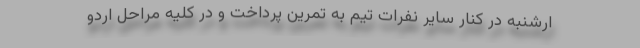
ارشنبه در کنار سایر نفرات تیم به تمرین پرداخت و در کلیه مراحل اردو